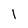
Character: I